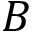
B